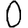
Digit: 0